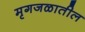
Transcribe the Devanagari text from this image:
मृगजळातील